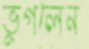
ভুগলেন